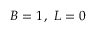
\, B = 1 \, , ~ L = 0